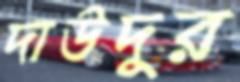
দাউদুর